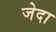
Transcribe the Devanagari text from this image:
जेदा